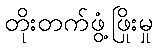
တိုးတက်ဖွံ့ဖြိုးမှု